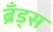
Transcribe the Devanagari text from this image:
ब्रँड्स